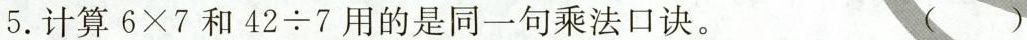
5.计算6 \times 7和42 \div 7用的是同一句乘法口诀。()